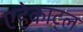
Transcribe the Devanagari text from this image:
एहेकाट्ल